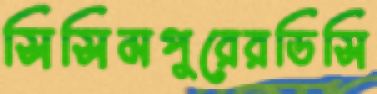
সিসিমপুরেরডিসি